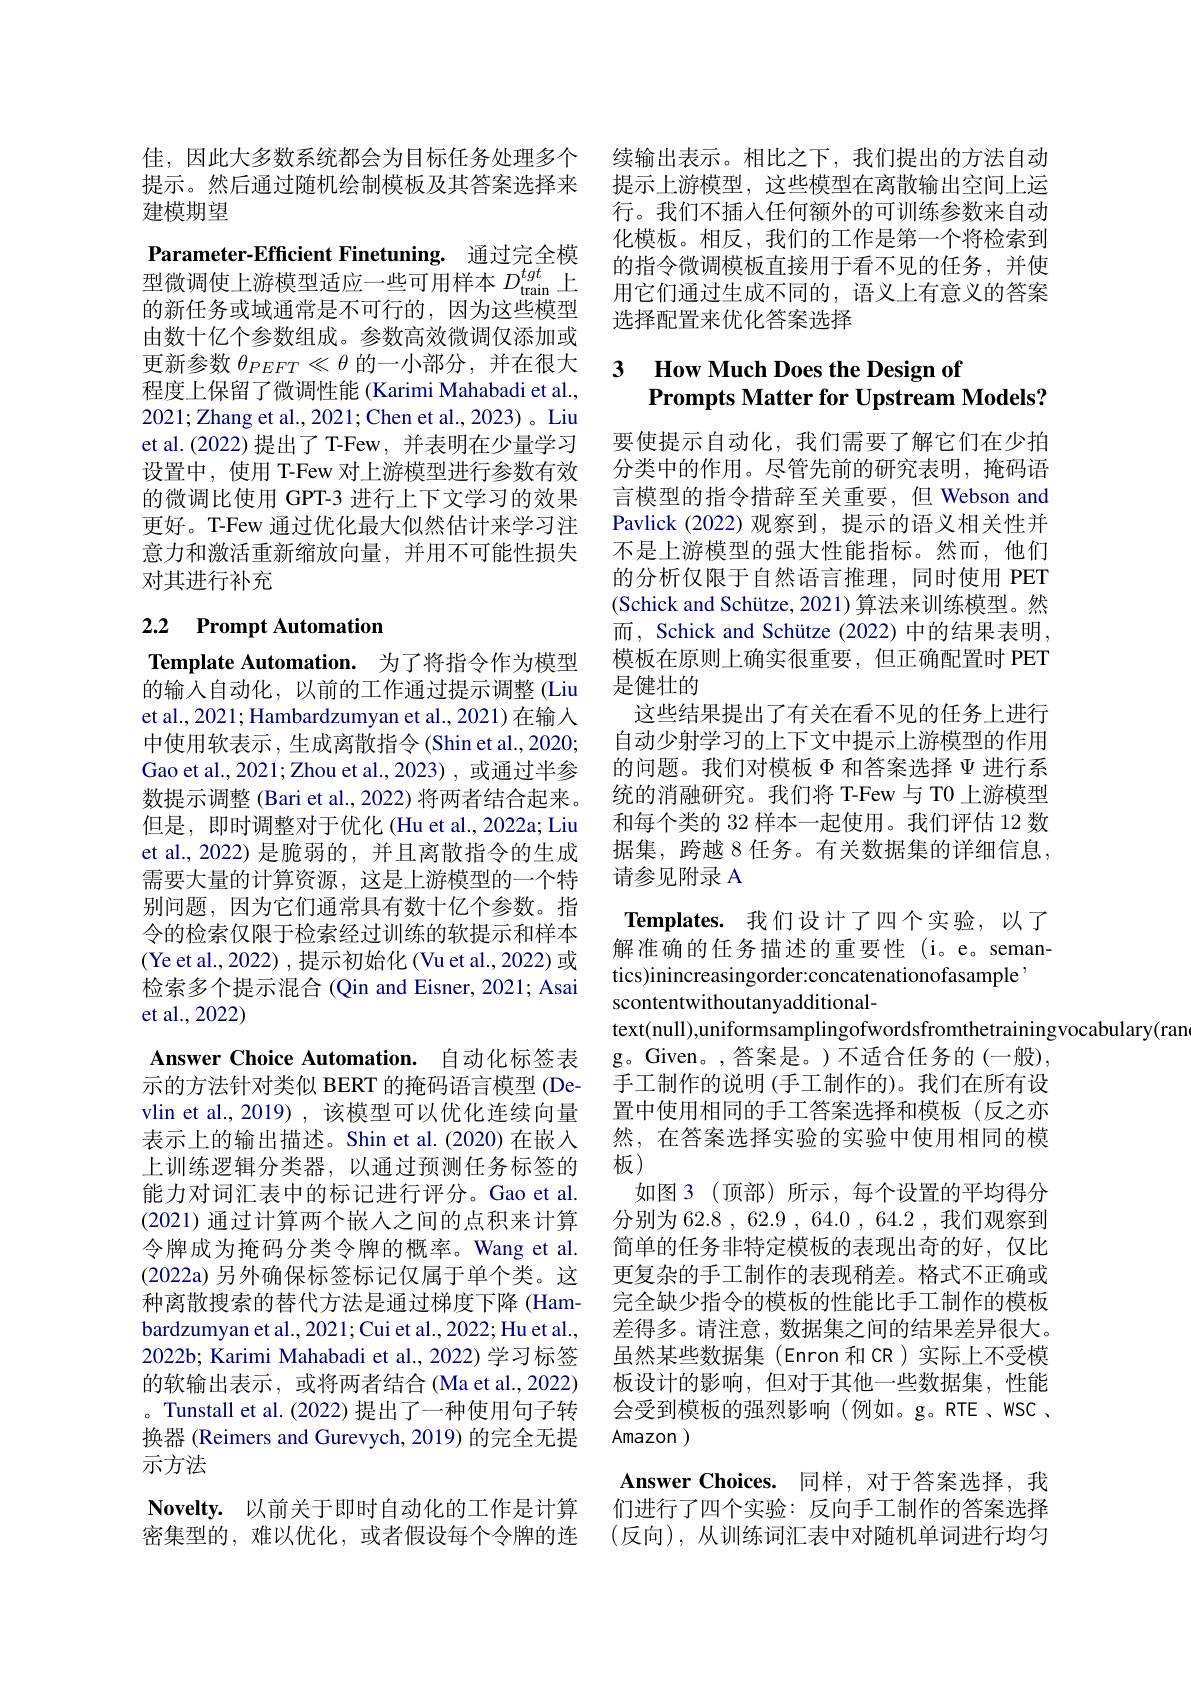
佳，因此大多数系统都会为目标任务处理多个提示。然后通过随机绘制模板及其答案选择来建模期望

Parameter-Efficient Finetuning. 通过完全模型微调使上游模型适应一些可用样本$D_\mathrm{train}^{tgt}$上的新任务或域通常是不可行的，因为这些模型由数十亿个参数组成。参数高效微调仅添加或更新参数$\theta_{PEFT}\ll\theta$的一小部分，并在很大程度上保留了微调性能(Karimi Mahabadi et al., 2021;Zhang et al., 2021; Chen et al., 2023) 。Liu et al.(2022)提出了T-Few,并表明在少量学习设置中，使用 T-Few 对上游模型进行参数有效的微调比使用 GPT-3 进行上下文学习的效果更好。T-Few 通过优化最大似然估计来学习注意力和激活重新缩放向量，并用不可能性损失对其进行补充

## 2.2 Prompt Automation

Template Automation. 为了将指令作为模型的输入自动化，以前的工作通过提示调整 (Liu et al., 2021; Hambardzumyan et al., 2021) 在输入中使用软表示，生成离散指令(Shin et al., 2020; Gao et al., 2021; Zhou et al., 2023) , 或通过半参数提示调整(Bari et al., 2022) 将两者结合起来。但是，即时调整对于优化 (Hu et al., 2022a; Liu et al., 2022) 是脆弱的，并且离散指令的生成需要大量的计算资源，这是上游模型的一个特别问题，因为它们通常具有数十亿个参数。指令的检索仅限于检索经过训练的软提示和样本(Ye et al., 2022), 提示初始化 (Vu et al., 2022) 或检索多个提示混合 (Qin and Eisner, 2021; Asai et al.,2022)
Answer Choice Automation. 自动化标签表示的方法针对类似 BERT 的掩码语言模型 (Devlin et al., 2019) , 该模型可以优化连续向量表示上的输出描述。Shin et al.(2020)在嵌入上训练逻辑分类器，以通过预测任务标签的能力对词汇表中的标记进行评分。Gao et al. (2021)通过计算两个嵌入之间的点积来计算令牌成为掩码分类令牌的概率。Wang et al. (2022a) 另外确保标签标记仅属于单个类。这种离散搜索的替代方法是通过梯度下降(Hambardzumyan et al., 2021; Cui et al., 2022; Hu et al., 2022b; Karimi Mahabadi et al., 2022) 学习标签的软输出表示，或将两者结合(Ma et al., 2022) 。Tunstall et al. (2022) 提出了一种使用句子转换器 (Reimers and Gurevych, 2019) 的完全无提示方法
$\textbf{Novelty. 以 前 关 于 即 时 自 动 化 的 工 作 是 计 算 }$ 密集型的，难以优化，或者假设每个令牌的连

续输出表示。相比之下，我们提出的方法自动提示上游模型，这些模型在离散输出空间上运行。我们不插入任何额外的可训练参数来自动化模板。相反，我们的工作是第一个将检索到的指令微调模板直接用于看不见的任务，并使用它们通过生成不同的，语义上有意义的答案选择配置来优化答案选择

### 3 $\textbf{How Much Does the Design of}$ Prompts Matter for Upstream Models?

要使提示自动化，我们需要了解它们在少拍分类中的作用。尽管先前的研究表明，掩码语言模型的指令措辞至关重要，但 Webson and Pavlick (2022)观察到，提示的语义相关性并不是上游模型的强大性能指标。然而，他们的分析仅限于自然语言推理，同时使用 PET (Schick and Schütze, 2021) 算法来训练模型。然而，Schick and Schütze (2022) 中的结果表明， 模板在原则上确实很重要，但正确配置时 PET 是健壮的
这些结果提出了有关在看不见的任务上进行自动少射学习的上下文中提示上游模型的作用的问题。我们对模板$\Phi$和答案选择$\Psi$进行系统的消融研究。我们将 T-Few 与 T0 上游模型和每个类的 32 样本一起使用。我们评估 12 数据集，跨越 8 任务。有关数据集的详细信息， 请参见附录 A

$\textbf{Templates. 我 们 设 计 了 四 个 实 验 , 以 了 }$ 解准确的任务描述的重要性(i。e。semantics)inincreasingorder:concatenationofasample
scontentwithoutanyadditional-
text(null),uniformsamplingofwordsfromthetrainingvocabulary(rand),
g。Given。,答案是。)不适合任务的(一般), 手工制作的说明 (手工制作的)。我们在所有设置中使用相同的手工答案选择和模板(反之亦然，在答案选择实验的实验中使用相同的模板)
如图 3 (顶部) 所示，每个设置的平均得分分别为 62.8 , 62.9 , 64.0 , 64.2 , 我们观察到简单的任务非特定模板的表现出奇的好，仅比更复杂的手工制作的表现稍差。格式不正确或完全缺少指令的模板的性能比手工制作的模板差得多。请注意，数据集之间的结果差异很大。虽然某些数据集(Enron 和 CR)实际上不受模板设计的影响，但对于其他一些数据集，性能会受到模板的强烈影响(例如。g。RTE、WSC , Amazon )
$\mathbf{AnswerChoices. }$ 同样，对于答案选择，我们进行了四个实验：反向手工制作的答案选择(反向),从训练词汇表中对随机单词进行均匀